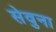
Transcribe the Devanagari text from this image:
सेवुना